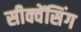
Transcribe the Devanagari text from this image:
सीक्वेंसिंग